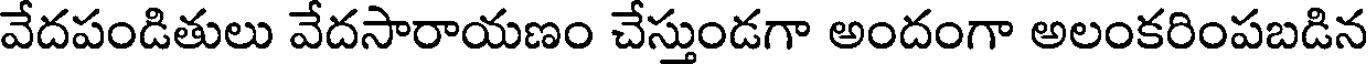
వేదపండితులు వేదసారాయణం చేస్తుండగా అందంగా అలంకరింపబడిన